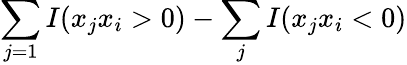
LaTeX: \sum_{j=1}I(x_{j}x_{i}>0)-\sum_{j}I(x_{j}x_{i}<0)